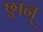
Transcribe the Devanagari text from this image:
छ्वान्